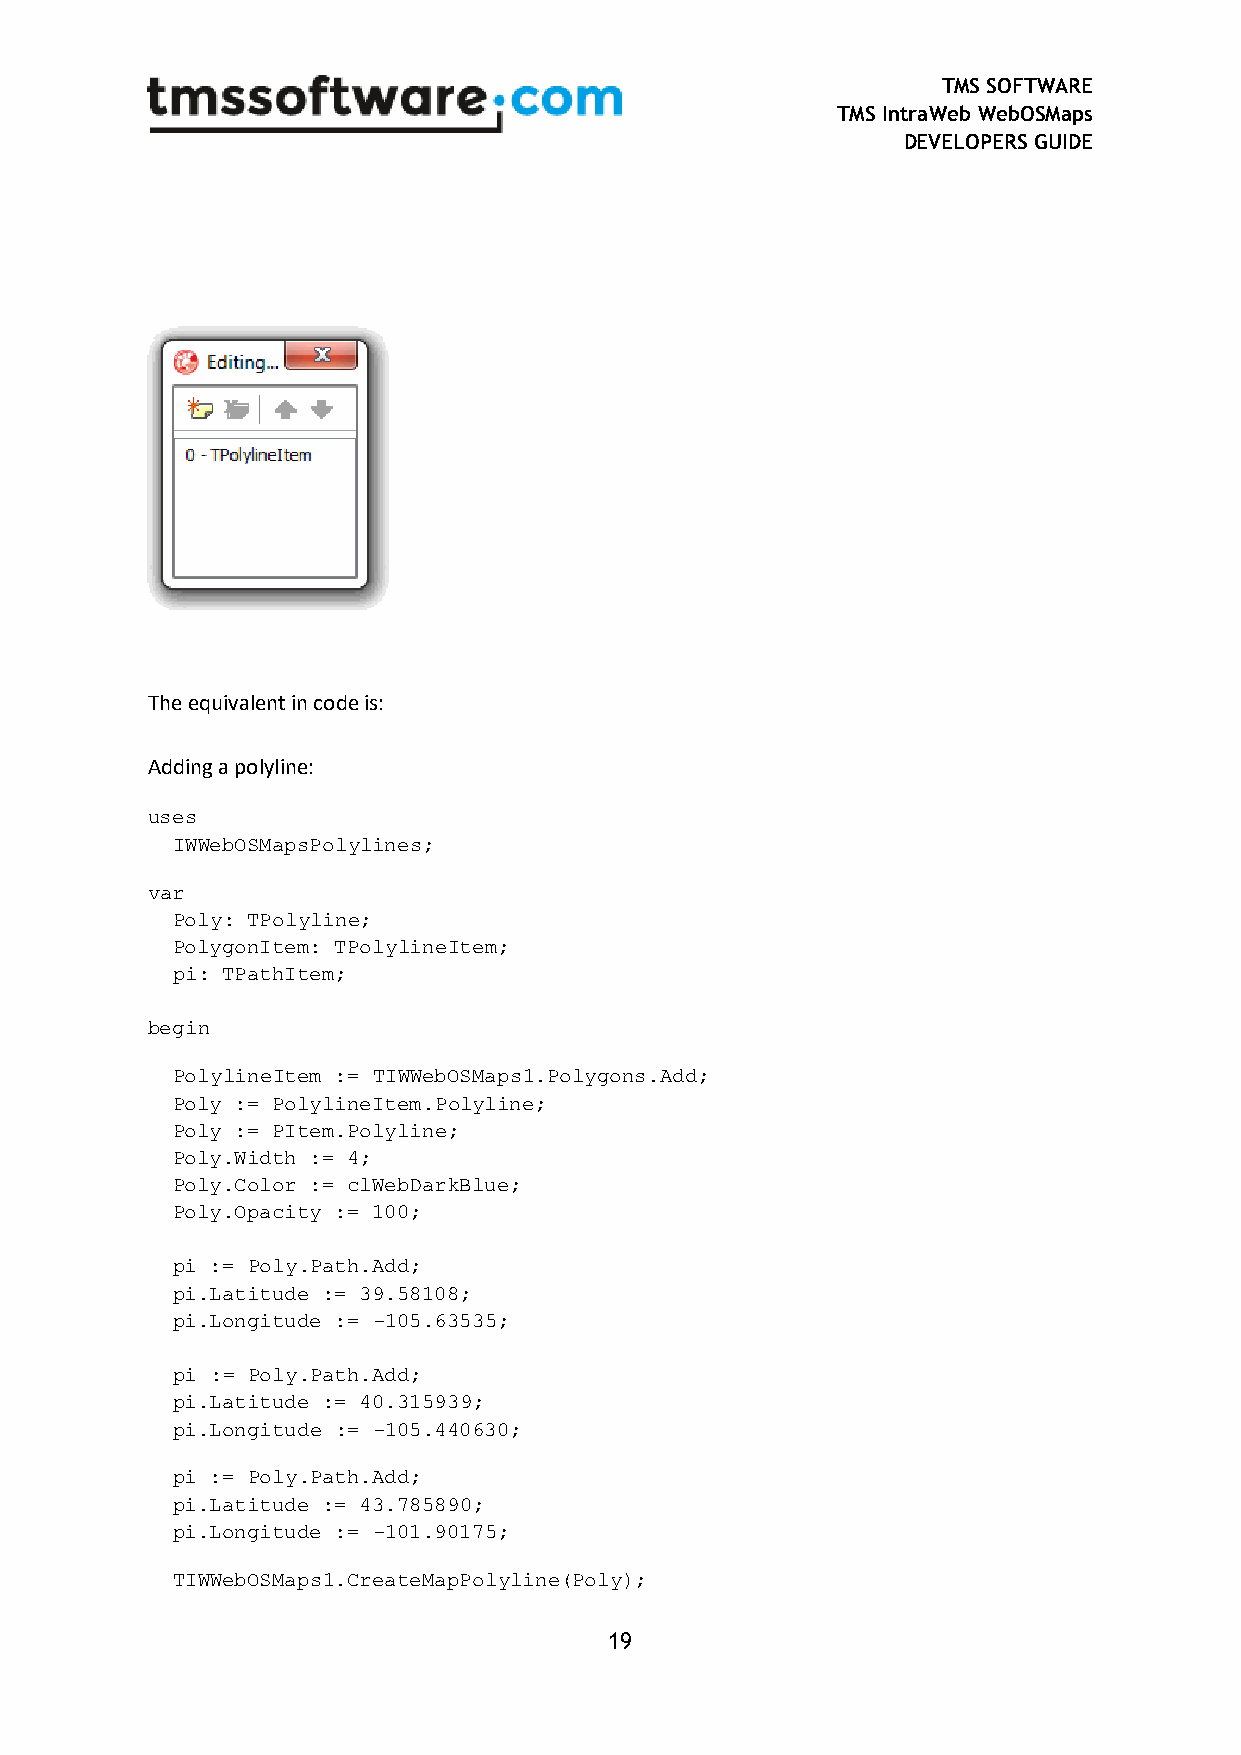
TMS SOFTWARE
 TMS IntraWeb WebOSMaps
 DEVELOPERS GUIDE
 The equivalent in code is:
 Adding a polyline:
 uses
 IWWebOSMapsPolylines;
 var
 Poly: TPolyline;
 PolygonItem: TPolylineItem;
 pi: TPathItem;
 begin
 PolylineItem := TIWWebOSMaps1.Polygons.Add;
 Poly := PolylineItem.Polyline;
 Poly := PItem.Polyline;
 Poly.Width := 4;
 Poly.Color := clWebDarkBlue;
 Poly.Opacity := 100;
 pi := Poly.Path.Add;
 pi.Latitude := 39.58108;
 pi.Longitude := -105.63535;
 pi := Poly.Path.Add;
 pi.Latitude := 40.315939;
 pi.Longitude := -105.440630;
 pi := Poly.Path.Add;
 pi.Latitude := 43.785890;
 pi.Longitude := -101.90175;
 TIWWebOSMaps1.CreateMapPolyline(Poly);
 19